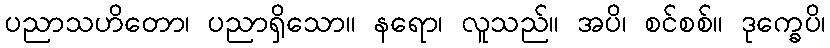
ပညာသဟိတော၊ ပညာရှိသော။ နရော၊ လူသည်။ အပိ၊ စင်စစ်။ ဒုက္ခေပိ၊